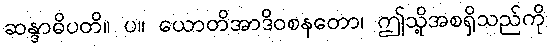
ဆန္ဒာဓိပတိ။ ပ။ ယောတိအာဒိဝစနတော၊ ဤသို့အစရှိသည်ကို